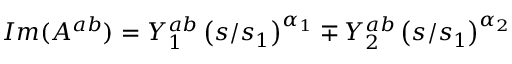
I m ( A ^ { a b } ) = Y _ { 1 } ^ { a b } \left( { s / s _ { 1 } } \right) ^ { \alpha _ { 1 } } \mp Y _ { 2 } ^ { a b } \left( { s / s _ { 1 } } \right) ^ { \alpha _ { 2 } }